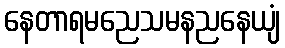
နေတာရမညေသမနညနေယျံ